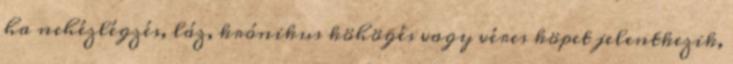
ha nehézlégzés, láz, krónikus köhögés vagy véres köpet jelentkezik,